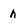
Character: h